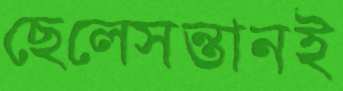
ছেলেসন্তানই